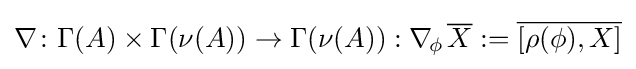
\nabla \colon \Gamma (A)\times \Gamma (\nu (A))\to \Gamma (\nu (A)):\nabla _{\!\phi \,}{\overline {X}}:={\overline {[\rho (\phi ),X]}}